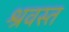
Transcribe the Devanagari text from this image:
श्रवस्त